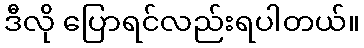
ဒီလို ပြောရင်လည်းရပါတယ်။